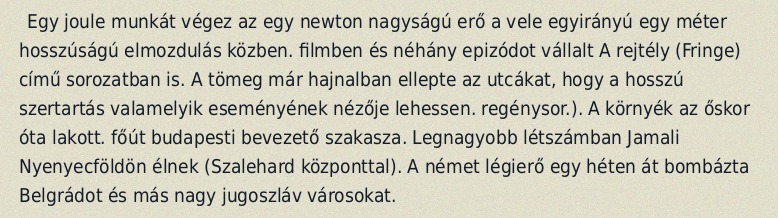
Egy joule munkát végez az egy newton nagyságú erő a vele egyirányú egy méter hosszúságú elmozdulás közben. filmben és néhány epizódot vállalt A rejtély (Fringe) című sorozatban is. A tömeg már hajnalban ellepte az utcákat, hogy a hosszú szertartás valamelyik eseményének nézője lehessen. regénysor.). A környék az őskor óta lakott. főút budapesti bevezető szakasza. Legnagyobb létszámban Jamali Nyenyecföldön élnek (Szalehard központtal). A német légierő egy héten át bombázta Belgrádot és más nagy jugoszláv városokat.